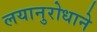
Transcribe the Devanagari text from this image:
लयानुरोधाने